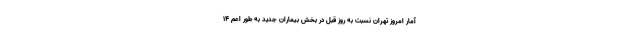
آمار امروز تهران نسبت به روز قبل در بخش بیماران جدید به طور اعم ۱۴